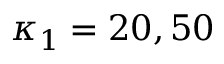
\kappa _ { 1 } = 2 0 , 5 0